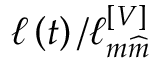
\ell \left( t \right) / \ell _ { m \widehat { m } } ^ { \left[ V \right] }